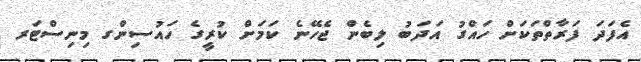
އެފަދަ ފަރާތްތަކަށް ހައްގު އަދަބު ލިބެން ޖެހޭނެ ކަމަށް ކުރީގެ ހައުސިންގ މިނިސްޓަރ